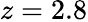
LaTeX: z=2.8